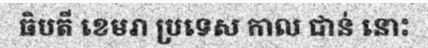
ធិបតី ខេមរា ប្រទេស កាល ជាន់ នោះ